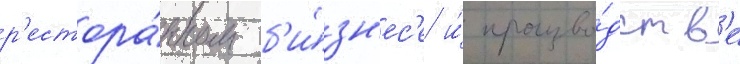
р'естора́нном б'и́зн'ес'е и́ произво́дств'е